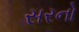
સરનો